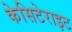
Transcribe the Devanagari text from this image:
केसिटेराइट